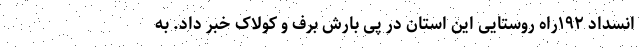
انسداد ۱۹۲راه روستایی این استان در پی بارش برف و کولاک خبر داد. به